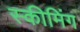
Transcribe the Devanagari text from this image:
स्कीमिंग